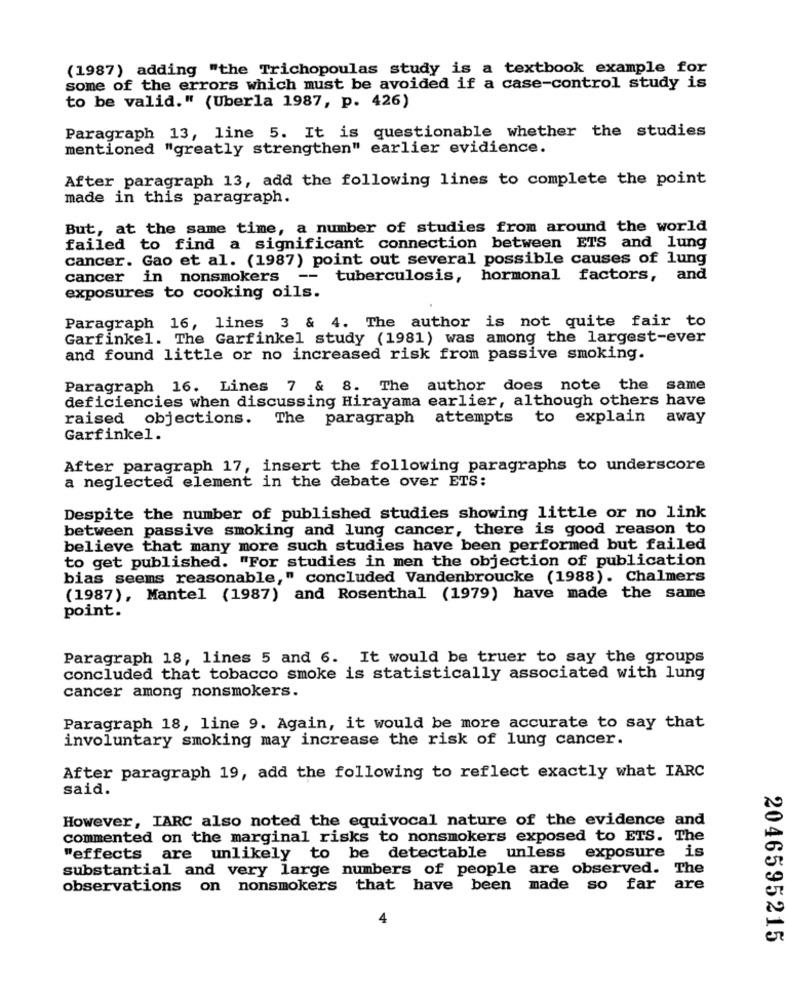
(1987) adding "the Trichopoulas study is a textbook example for
some of the errors which must be avoided if a case-control study is
to be valid." (Uberla 1987, p. 426)
Paragraph 13, line 5. It is questionable whether the studies
mentioned "greatly strengthen" earlier evidience.
After paragraph 13, add the following lines to complete the point
made in this paragraph.
But, at the same time, a number of studies from around the world
failed to find a significant connection between ETS and lung
cancer. Gao et al. (1987) point out several possible causes of lung
cancer in nonsmokers --
tuberculosis, hormonal factors, and
exposures to cooking oils.
Paragraph 16, lines 3 & 4. The author is not quite fair to
Garfinkel. The Garfinkel study (1981) was among the largest-ever
and found little or no increased risk from passive smoking.
Paragraph 16. Lines 7 & 8. The author does note the same
deficiencies when discussing Hirayama earlier, although others have
raised objections. The paragraph attempts to explain away
Garfinkel.
After paragraph 17, insert the following paragraphs to underscore
a neglected element in the debate over ETS:
Despite the number of published studies showing little or no link
between passive smoking and lung cancer, there is good reason to
believe that many more such studies have been performed but failed
to get published. "For studies in men the objection of publication
bias seems reasonable," concluded Vandenbroucke (1988). Chalmers
(1987), Mantel (1987) and Rosenthal (1979) have made the same
point.
Paragraph 18, lines 5 and 6. It would be truer to say the groups
concluded that tobacco smoke is statistically associated with lung
cancer among nonsmokers.
Paragraph 18, line 9. Again, it would be more accurate to say that
involuntary smoking may increase the risk of lung cancer.
After paragraph 19, add the following to reflect exactly what IARC
said.
However, IARC also noted the equivocal nature of the evidence and
commented on the marginal risks to nonsmokers exposed to ETS. The
is
"effects are unlikely to be detectable unless exposure
substantial and very large numbers of people are observed.
The
observations on nonsmokers that have been made so far
are
2046595215